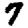
Digit: 7